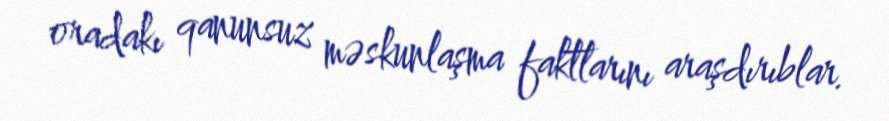
oradakı qanunsuz məskunlaşma faktlarını araşdırıblar.